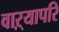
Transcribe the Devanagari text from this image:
वाऱ्यापरि